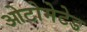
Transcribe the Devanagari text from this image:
ओटोमेटेड